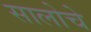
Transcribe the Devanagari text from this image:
सालोचे